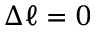
\Delta \ell = 0